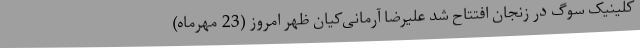
کلینیک سوگ در زنجان افتتاح شد علیرضا آرمانی‌کیان ظهر امروز (23 مهرماه)